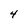
Character: 4